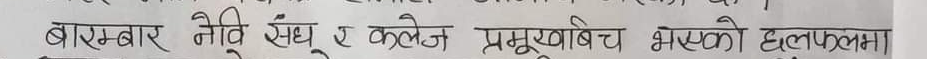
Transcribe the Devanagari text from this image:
बारम्बार नीवि संधु र कलेज प्रमुखया बिच भएको छलफलमा